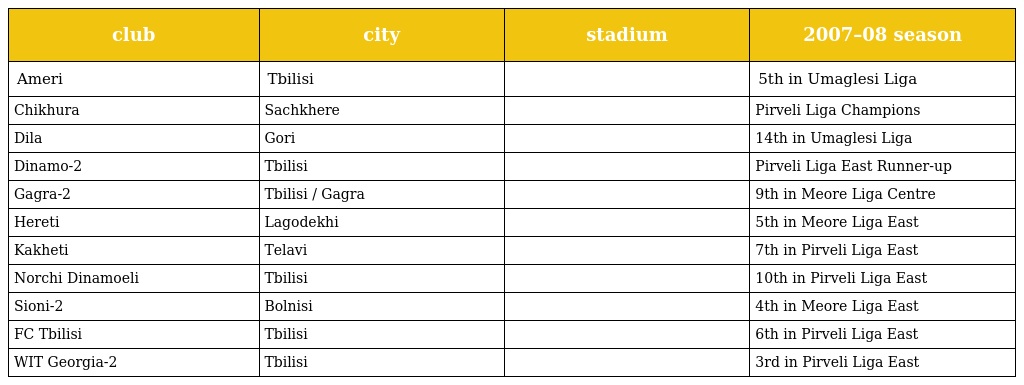
| club | city | stadium | 2007–08 season |
 | --- | --- | --- | --- |
 | Ameri | Tbilisi |  | 5th in Umaglesi Liga |
 | Chikhura | Sachkhere |  | Pirveli Liga Champions |
 | Dila | Gori |  | 14th in Umaglesi Liga |
 | Dinamo-2 | Tbilisi |  | Pirveli Liga East Runner-up |
 | Gagra-2 | Tbilisi / Gagra |  | 9th in Meore Liga Centre |
 | Hereti | Lagodekhi |  | 5th in Meore Liga East |
 | Kakheti | Telavi |  | 7th in Pirveli Liga East |
 | Norchi Dinamoeli | Tbilisi |  | 10th in Pirveli Liga East |
 | Sioni-2 | Bolnisi |  | 4th in Meore Liga East |
 | FC Tbilisi | Tbilisi |  | 6th in Pirveli Liga East |
 | WIT Georgia-2 | Tbilisi |  | 3rd in Pirveli Liga East |